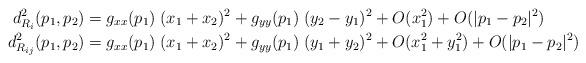
LaTeX: \begin{align*}d^2_{R_i}(p_1,p_2) &= g_{xx}(p_1) \; (x_1 + x_2)^2 + g_{yy}(p_1) \; (y_2-y_1)^2 + O(x_1^2) + O( | p_1 - p_2|^2 ) \\ d^2_{R_{ij}}(p_1,p_2) &= g_{xx}(p_1) \; (x_1 + x_2)^2 + g_{yy}(p_1) \;(y_1+y_2)^2 + O(x_1^2 + y_1^2) + O( |p_1-p_2|^2)\end{align*}